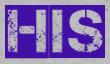
HIS